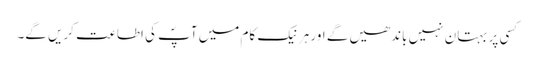
کسی پر بہتان نہیں باندھیں گے اور ہر نیک کام میں آپؐ کی اطاعت کریں گے۔